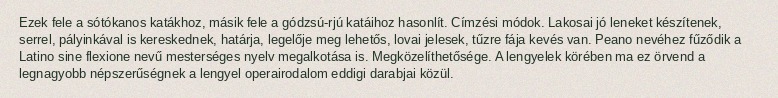
Ezek fele a sótókanos katákhoz, másik fele a gódzsú-rjú katáihoz hasonlít. Címzési módok. Lakosai jó leneket készítenek, serrel, pályinkával is kereskednek, határja, legelője meg lehetős, lovai jelesek, tűzre fája kevés van. Peano nevéhez fűződik a Latino sine flexione nevű mesterséges nyelv megalkotása is. Megközelíthetősége. A lengyelek körében ma ez örvend a legnagyobb népszerűségnek a lengyel operairodalom eddigi darabjai közül.